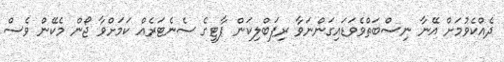
ދެއްކެވުމަށް އޭނާ ނިސްބަތްވެވަޑައިގަންނަވާ ރިޕަބްލިކަން ޕާޓީގެ ސެނެޓަރެއް ކަމަށްވާ ޖޯން މެކޭން ވެސް